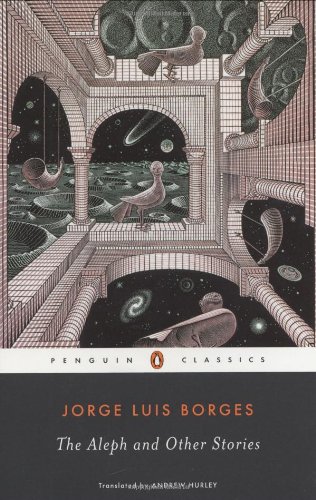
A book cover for The Aleph and Other Stories (Penguin Classics); Jorge Luis Borges; Literature & Fiction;